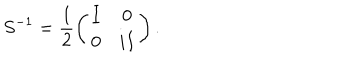
S ^ { - 1 } = \frac { 1 } { 2 } \left( \begin{array} { c c } { { I } } & { { 0 } } \\ { { 0 } } & { { i I } } \\ \end{array} \right) .